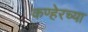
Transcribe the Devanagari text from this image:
कण्हेरच्या